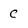
Character: C